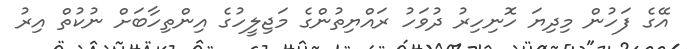
އޭގެ ފަހުން މިދިޔަ ހޮނިހިރު ދުވަހު ރައްޔިތުންގެ މަޖިލީހުގެ އިންތިހާބަށް ނުކުތް އިރު